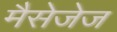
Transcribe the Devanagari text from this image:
मैसेजेज